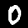
Label: 0